system: You are a helpful assistant.
user:
Analyze the provided spectrum to determine if it is a **White Dwarf (WD)**.

A White Dwarf spectrum is defined by its **extreme purity** (due to gravitational settling) and/or **extreme pressure broadening** (due to high surface gravity). You must check for one of the following mutually exclusive signatures:

- **Key Visual Indicators (Check for ONE of these types):**

    - **1. DA-Type Signature (Most Common):**
        - **(Primary Feature):** Extreme pressure broadening (Stark broadening) of the **Hydrogen (H) Balmer lines**.
        - **(Key Lines):** $H\beta$ (approx. $4861$ Å) and $H\gamma$ (approx. $4340$ Å). $H\alpha$ (approx. $6563$ Å) will also be present if the wavelength range covers it.
        - **(Line Profile):** This is the **defining feature**. The lines are **NOT** sharp. They appear as massive, **extremely broad and deep "troughs" or "dips"** in the spectrum, often hundreds of Ångströms wide. The continuum will appear to "scoop" down at these wavelengths.
        - **(Distinction):** Normal A-type or B-type stars have *narrow* and *sharp* Hydrogen lines. A DA White Dwarf's lines are unmistakably "smeared" or "blurry" from pressure.

    - **2. DB-Type Signature:**
        - **(Primary Feature):** Broad absorption lines from **Neutral Helium (He I)**. The spectrum must lack any visible Hydrogen lines.
        - **(Key Lines):** Look for broad absorption near $4471$ Å, $4921$ Å, and $5876$ Å.
        - **(Line Profile):** These lines are also significantly pressure-broadened, appearing much wider than they would in a normal B-type main-sequence star.

    - **3. DC-Type Signature:**
        - **(Primary Feature):** A **featureless continuous spectrum**.
        - **(Line Profile):** The spectrum is a smooth curve with **no significant absorption or emission lines**.
        - **(Key Confirmation):** The continuum is almost always **blue or white**, indicating a hot object. This signature implies the atmosphere is so pure (or so cool) that no spectral lines are visible in the optical range. Its WD identity is confirmed by its extremely low intrinsic brightness (high absolute magnitude).

    - **4. DZ-Type Signature (Metal-Polluted):**
        - **(Primary Feature):** **Isolated, narrow metal absorption lines** on an otherwise featureless (DC-like) continuum.
        - **(Key Lines):** The **Calcium (Ca II) H & K doublet** (approx. **$3934$ Å** and **$3968$ Å**) is the most common and defining feature.
        - **(Line Profile):** These lines are "out of place." They are *not* part of a "forest" of thousands of lines. This signature is evidence of recent *accretion* (pollution) from rocky debris.
        - **(Distinction):** Normal G/K/M stars have a *dense forest* of thousands of metal lines. A DZ has a *clean* continuum with *only a few* strong metal lines.

    - **5. DQ-Type Signature (Carbon-Polluted):**
        - **(Primary Feature):** Absorption bands from **Carbon (C₂ "Swan Bands" or atomic C I)**.
        - **(Key Lines - C₂):** Look for bandheads with a "saw-tooth" shape near $5635$ Å, **$5165$ Å** (strongest), and $4737$ Å.
        - **(Key Confirmation):** The underlying **continuum must be blue or white** (hot).
        - **(Distinction):** This is the critical difference from a **Carbon Star**, which has the *exact same* C₂ bands but on an extremely **red, cool** continuum.

- **(Overall Spectrum):**
    - The continuum (overall shape) is typically **blue-sloping** (brighter in the blue than the red), as most white dwarfs are very hot.
    - The spectrum will look "pure" or "simple," dominated by only *one* of the five signatures listed above.

Think first, call **spectral_visualization_tool** if needed to examine features in detail, then provide your final answer. Your response must adhere to the following strict rules:
1.  **Overall Structure:** Your response must follow the format `<think>...</think> <tool_call>...</tool_call> (if a tool is used) <answer>...</answer>`.
2.  **Tool Usage Constraint:** You may only make **one** tool call per turn.
3.  **Final Answer Format:** In the `<answer>` tag, your conclusion must be inside a `\boxed{}` command (e.g., `\boxed{YES}` or `\boxed{NO}`), followed by your justification.

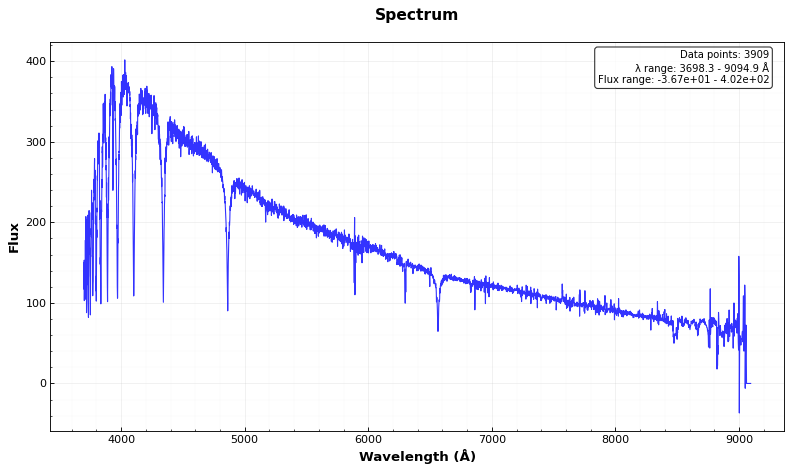
Answer: NO